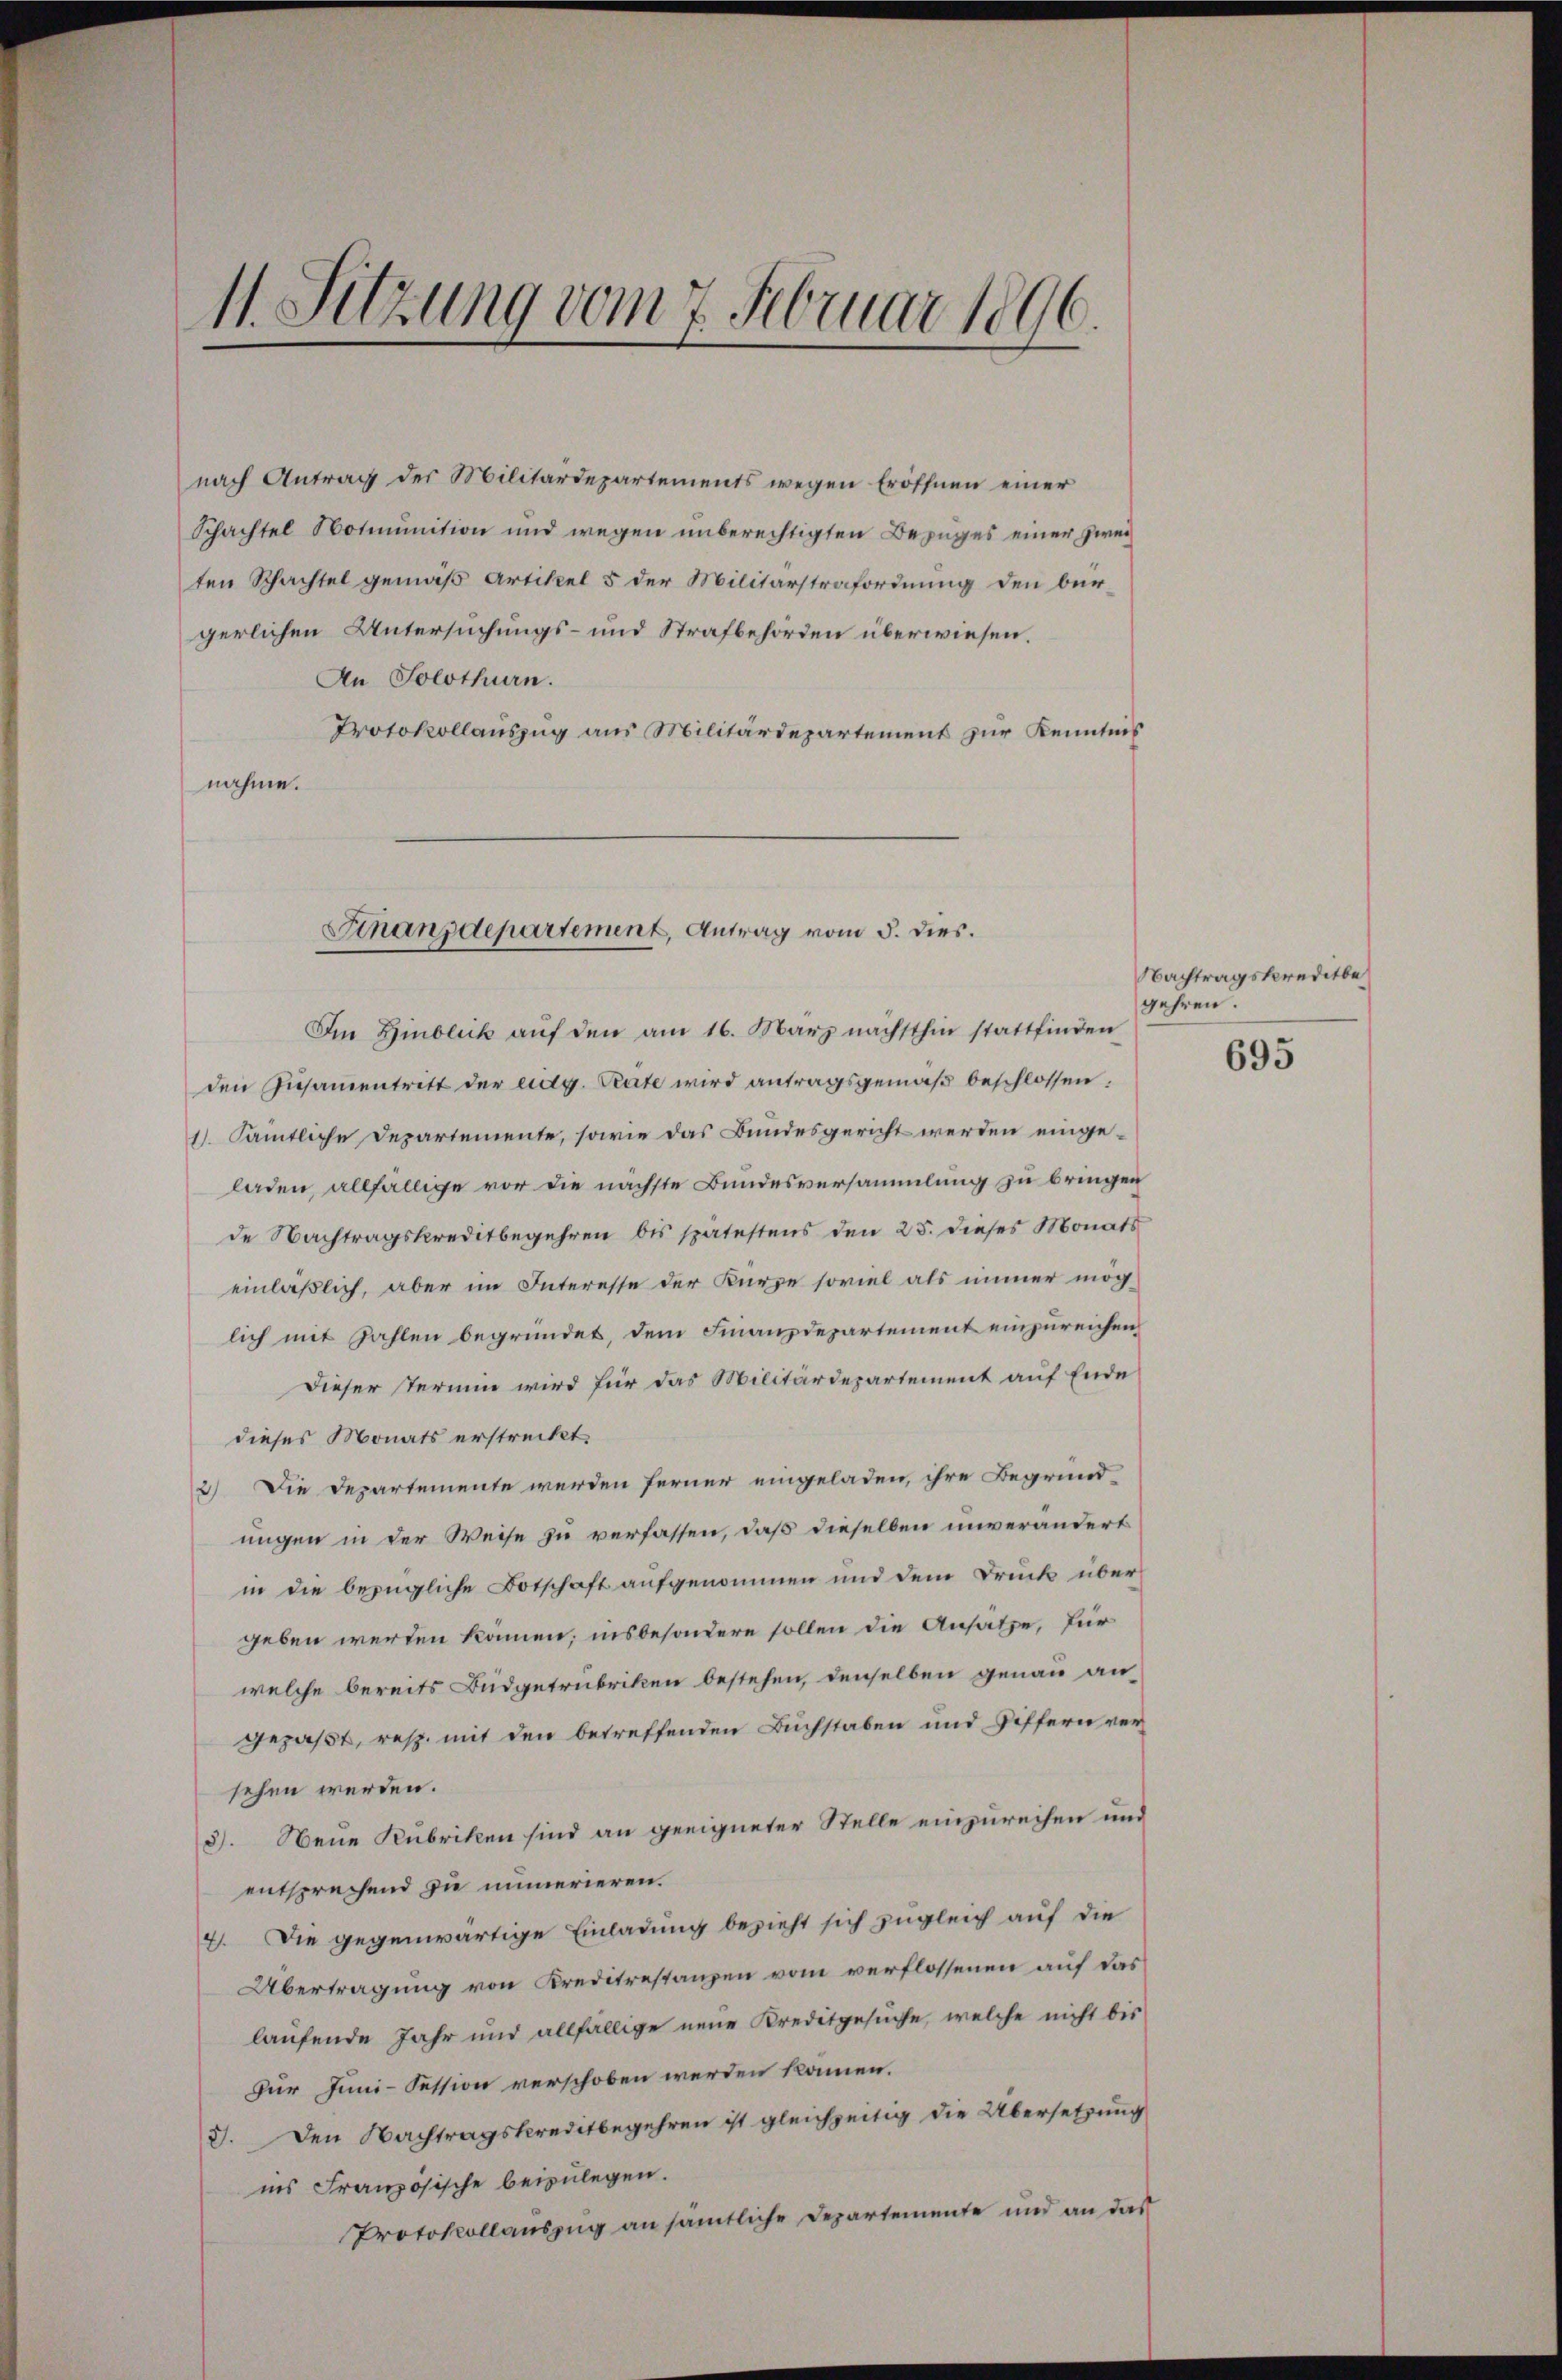
4. Sitzung vom 7. Februar 1896.

nach Antrag der Militärdepartements wegen Eröffnen einer
Schachtel Notmunition und wegen unberechtigten Bezuges einer zweiten Schachtel gemäß Artikel 5 der Militärstrafordnung den bürgerlichen Untersuchungs- und Strafbehörden überwiesen.
An Solothurn.
Protokollauszug aus Militärdepartement zur Kenntnis
nahme.

Sinanzdepartement, Antrag vom 5. dies.

Im Hinblick aŭf den am 16. März nächsthin stattfinden
den Zusammentritt der eidg. Pate wird antragsgemäß beschlossen:
1). Sämtliche Departemente, sowie das Bundesgericht werden eingeladen, allfällige vor die nächste Bundesversammlung zu bringen
de Nachtragskreditbegehren bis spätestens den 25. dieses Monats
einläßlich, aber im Interesse der Kürze soviel als immer mög
lich mit Zahlen begründet, dem Finanzdepartement einzureichen,
Dieser Termie wird für das Militärdepartement auf Ende
dieses Monats erstreckt.
2) Die Departemente werden ferner eingeladen, ihre Begründ-
ungen in der Weise zu verfassen, daß dieselben unverändert
in die bezügliche Botschaft aufgenommen und dem Druck übergeben werden können; insbesondere sollen die Ansatze, für
welche bereits Büdgetrubriken bestehen, denselben genau an-
gepaßt, resp. mit den betreffenden Buchstaben und Differn versehen werden.
3). Neue Rubriken sind an geeigneter Stelle einzureihen und
entsprechend die immerieren.
4. Die gegenwärtige Einladung bezieht sich zugleich auf die
Übertragung von Kreditrestanzen vom verflossenen auf das
laufende Jahr und allfällige neue Kreditgesuche, welche nicht bis
Dur Juni-Fession verschoben werden kamen.
V. Den Nachtragskreditbegehren ist gleichzeitig die Übersetzung
ins Französische beizulegen.
Protokollauszug an sämtliche Departemente und an das

Nachtragskreditbe
gehren.

695